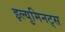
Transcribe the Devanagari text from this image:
इल्युमिनट्स